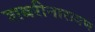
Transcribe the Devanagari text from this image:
शबरीनारायण